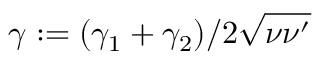
\gamma : = ( \gamma _ { 1 } + \gamma _ { 2 } ) / 2 \sqrt { \nu \nu ^ { \prime } }